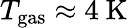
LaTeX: T_{\mathrm{gas}}\approx 4~\mathrm{K}